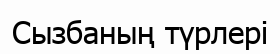
Сызбаның түрлері